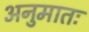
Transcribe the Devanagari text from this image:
अनुमातः